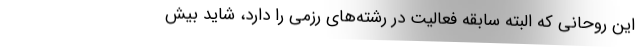
این روحانی که البته سابقه فعالیت در رشته‌های رزمی را دارد، شاید بیش